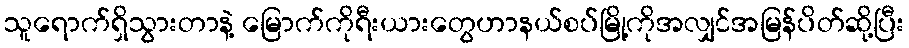
သူရောက်ရှိသွားတာနဲ့ မြောက်ကိုရီးယားတွေဟာနယ်စပ်မြို့ကိုအလျှင်အမြန်ပိတ်ဆို့ပြီး